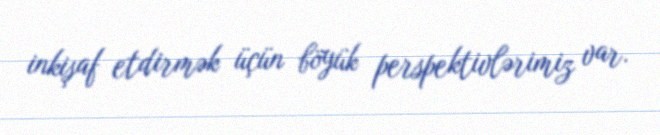
inkişaf etdirmək üçün böyük perspektivlərimiz var.